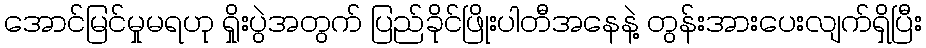
အောင်မြင်မှုမရဟု ရှိုးပွဲအတွက် ပြည်ခိုင်ဖြိုးပါတီအနေနဲ့ တွန်းအားပေးလျက်ရှိပြီး